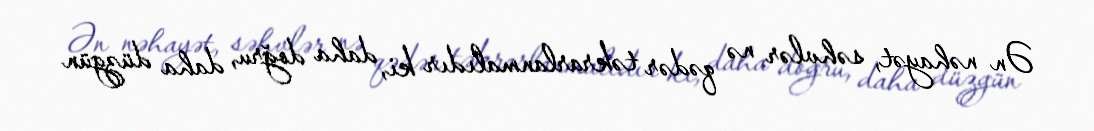
Ən nəhayət, səhvlər nə qədər təkrarlanmalıdır ki, daha doğru, daha düzgün